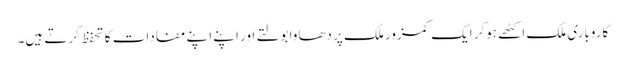
کاروباری ملک اکٹھے ہوکر ایک کمزور ملک پر دھاوا بولتے اور اپنے اپنے مفادات کا تحفظ کرتے ہیں۔